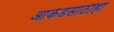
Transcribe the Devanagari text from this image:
आर्केडसाठीही